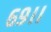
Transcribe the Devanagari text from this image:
६९।।